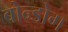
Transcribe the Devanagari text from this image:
बोन्डोग